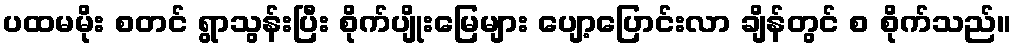
ပထမမိုး စတင် ရွာသွန်းပြီး စိုက်ပျိုးမြေများ ပျော့ပြောင်းလာ ချိန်တွင် စ စိုက်သည်။